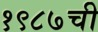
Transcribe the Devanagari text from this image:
१९८७ची